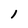
Character: 1